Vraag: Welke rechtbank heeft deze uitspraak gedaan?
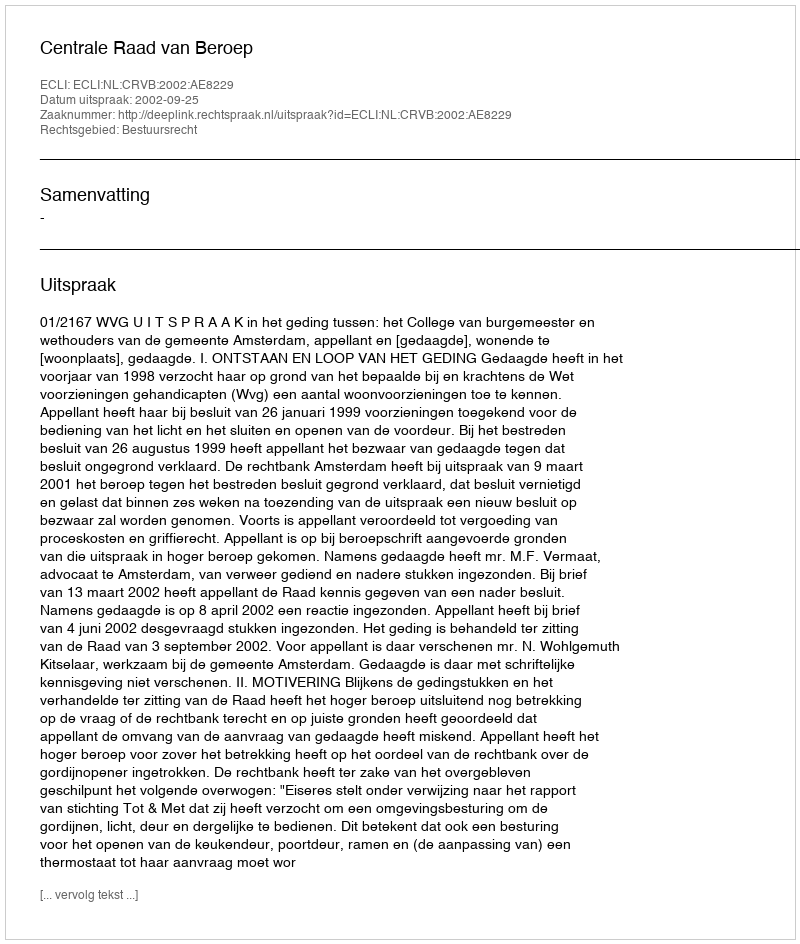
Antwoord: Centrale Raad van Beroep